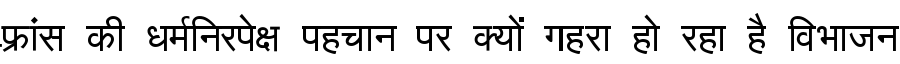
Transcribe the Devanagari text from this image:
फ़्रांस की धर्मनिरपेक्ष पहचान पर क्यों गहरा हो रहा है विभाजन